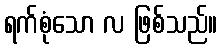
ရက်စုံသော လ ဖြစ်သည်။